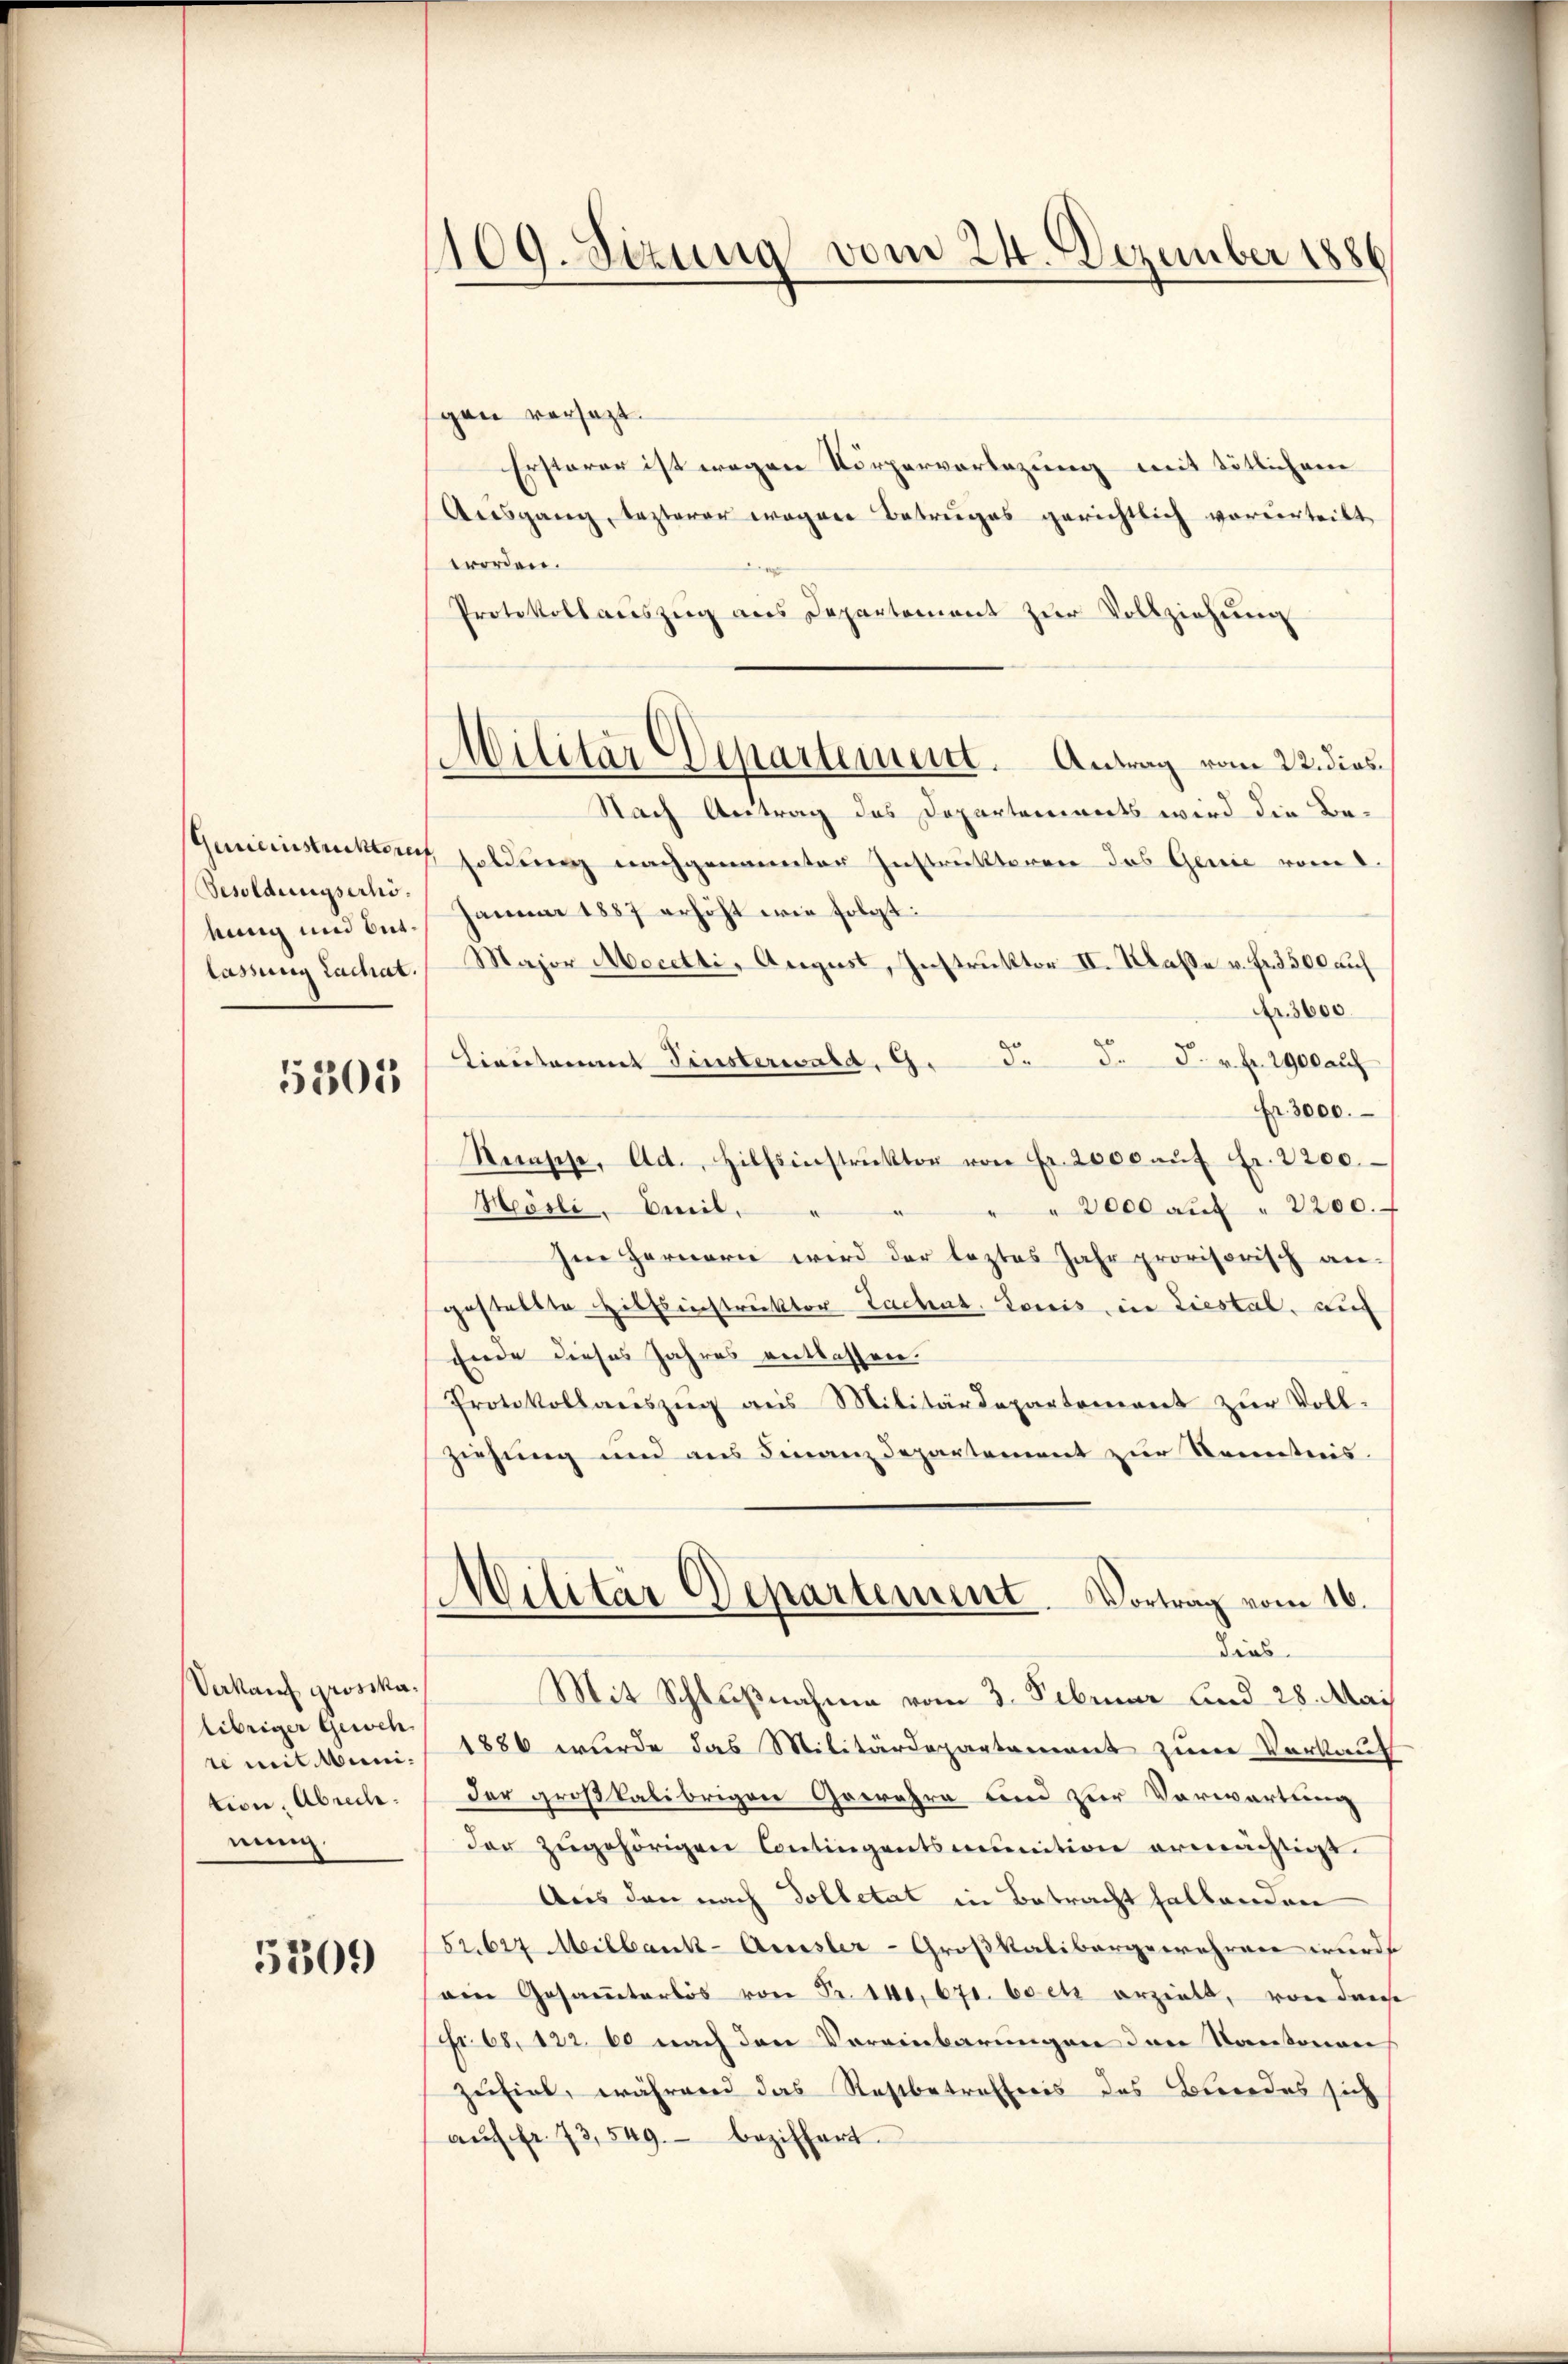
Besoldungserhölassung Lachiat.

5305

Verkauf grosska¬
Übriger Geweh
te mit Munition, Abreche.
nini.

5309

109. Sizung vom 24. Dezember 1886

Militar Departement. Antrag vom 22. dies

gen versezt.
Ersterer ist wegen Körperverlegung mit tötlichen
Ausgang, lezterer wegen Betruges gerichtlich vorverteilt,
worden.
Protokollauszug aus Departement zŭr Vollziehŭng
Nach Antrag des Departennerts wird die Be¬
Gemeinsstückten soldung nachgenannter Instruktoren das Genie vom 1.
kung und Bus. Januar 1857 erhöht wie folgt:
Major Mecetti, August, Instruktor II. Klaße v. fr. 3500 auf
Nr. 3600
Lieutenant Finsterwald. 9. d. J. F. v. fr. 2900 auf
Fr. 3000.
Recasse, Ad., Hilfsinstruktor von Fr. 2000 aŭf Fr. 2200.
Meösli . Bereit,
" " 2000 aŭf " 2200.
Im Fernern wird der leztes Jahr provisorisch an-
gestellte Hilfsinstruktor Lachent. Louis in Liestal, auf
Ende dieses Jahres entlassen.
Protokollaŭszŭg ans Militärdepartement zŭr Voll-
ziehung und aus Finanzdepartement zur Kenntnis.
Militär Departement. Vortrag vom 16.
Lins
Mit Schlußnahme vom 3. Februar und 28. Mai
1886 wurde das Militärdepartement zum Verkauf
der großkalibrigen Gewahre und zur Vorwartung
der zŭgehörigen Contingentsmunition ermächtigt.
Aus den nach Tolletat in Betracht halbanden
52627 Meilbank-Amsler-Großkalibergewehren wurde
ain Gesammtarlös von Fr. 140, 671. boetz erzielt, von dense
Fr. 68, 122. 60 nach den Vereinbarungen den Kantonen
zufiel, während das Restbetreffnis des Bundes sich
aŭf fr. 73,549. beziffert.